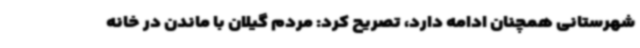
شهرستانی همچنان ادامه دارد، تصریح کرد: مردم گیلان با ماندن در خانه